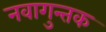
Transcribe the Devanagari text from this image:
नवागुन्तक